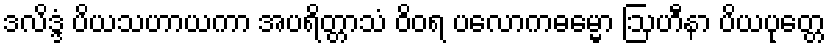
ဒလိဒ္ဒံ ပိယသဟာယကာ အပရိတ္တာသံ ဝိဝရ ပလောကဓမ္မော ဩဟီနာ ပိယပုတ္တေ